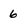
Character: 6